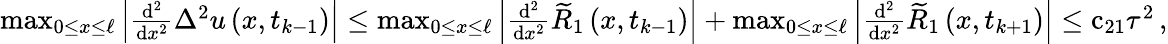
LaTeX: \begin{array}{r}{\operatorname*{max}_{0\leq x\leq\ell}\left|\frac{\mathrm{d}^{2}}{\mathrm{d}{x}^{2}}{\Delta}^{2}u\left(x,{t}_{k-1}\right)\right|\leq\operatorname*{max}_{0\leq x\leq\ell}\left|\frac{\mathrm{d}^{2}}{\mathrm{d}{x}^{2}}{\widetilde R}_{1}\left(x,{t}_{k-1}\right)\right|+\operatorname*{max}_{0\leq x\leq\ell}\left|\frac{\mathrm{d}^{2}}{\mathrm{d}{x}^{2}}{\widetilde R}_{1}\left(x,{t}_{k+1}\right)\right|\leq{\mathrm{c}}_{21}{\tau}^{2}\, ,}\end{array}